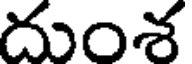
దుంశ